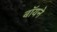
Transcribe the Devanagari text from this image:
बॉयने